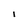
Character: I